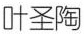
叶圣陶